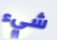
شيء